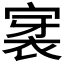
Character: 𮖊